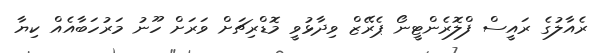
ރެއާލުގެ ރައީސް ފްލޮރެންޓީނޯ ޕެރޭޒް ވިދާޅުވީ މޮޑްރިޗަށް ވަރަށް ހޫނު މަރުހަބާއެއް ކިޔާ